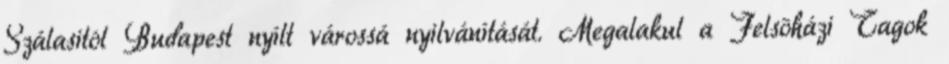
Szálasitól Budapest nyílt várossá nyilvánítását. Megalakul a Felsõházi Tagok